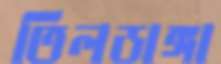
তিলডাঙ্গা